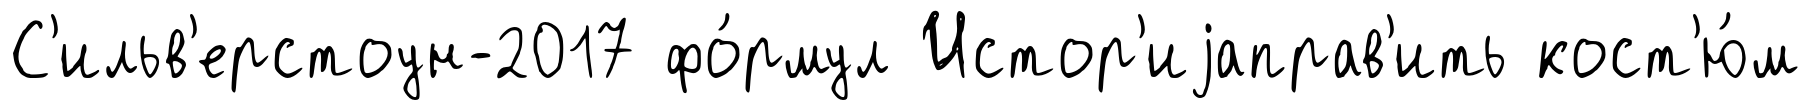
С'ильв'ерстоун-2017 фо́рмул Истор'иjаправ'ить кост'ю́м